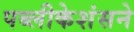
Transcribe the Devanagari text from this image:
पब्लीकेशंसने